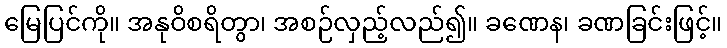
မြေပြင်ကို။ အနုဝိစရိတွာ၊ အစဉ်လှည့်လည်၍။ ခဏေန၊ ခဏခြင်းဖြင့်။